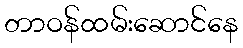
တာဝန်ထမ်းဆောင်နေ